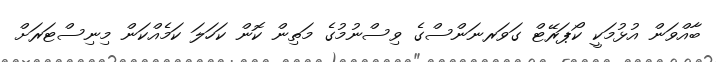
ބާއްވަން އުޅުމަކީ ކޯޕަރޭޓް ގަވަރނަންސްގެ ވިސްނުމުގެ މަތިން ކޮން ކަހަލަ ކަމެއްކަން މިނިސްޓަރަށް